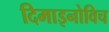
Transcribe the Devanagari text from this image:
दिमाइनोविच